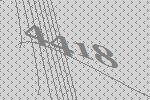
4418